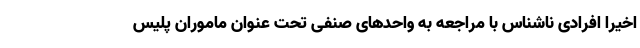
اخیرا افرادی ناشناس با مراجعه به واحدهای صنفی تحت عنوان ماموران پلیس